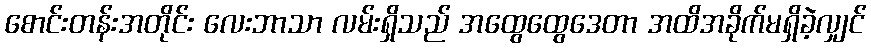
စောင်းတန်းအတိုင်း လေးဘာသာ လမ်းရှိသည် အထွေထွေဒေတာ အထိအခိုက်မရှိခဲ့လျှင်